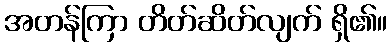
အတန်ကြာ တိတ်ဆိတ်လျက် ရှိ၏။